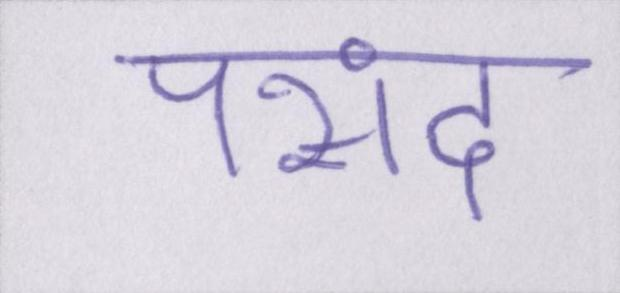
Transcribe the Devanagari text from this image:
पसंद